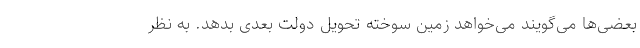
بعضی‌ها می‌گویند می‌خواهد زمین سوخته تحویل دولت بعدی بدهد. به نظر